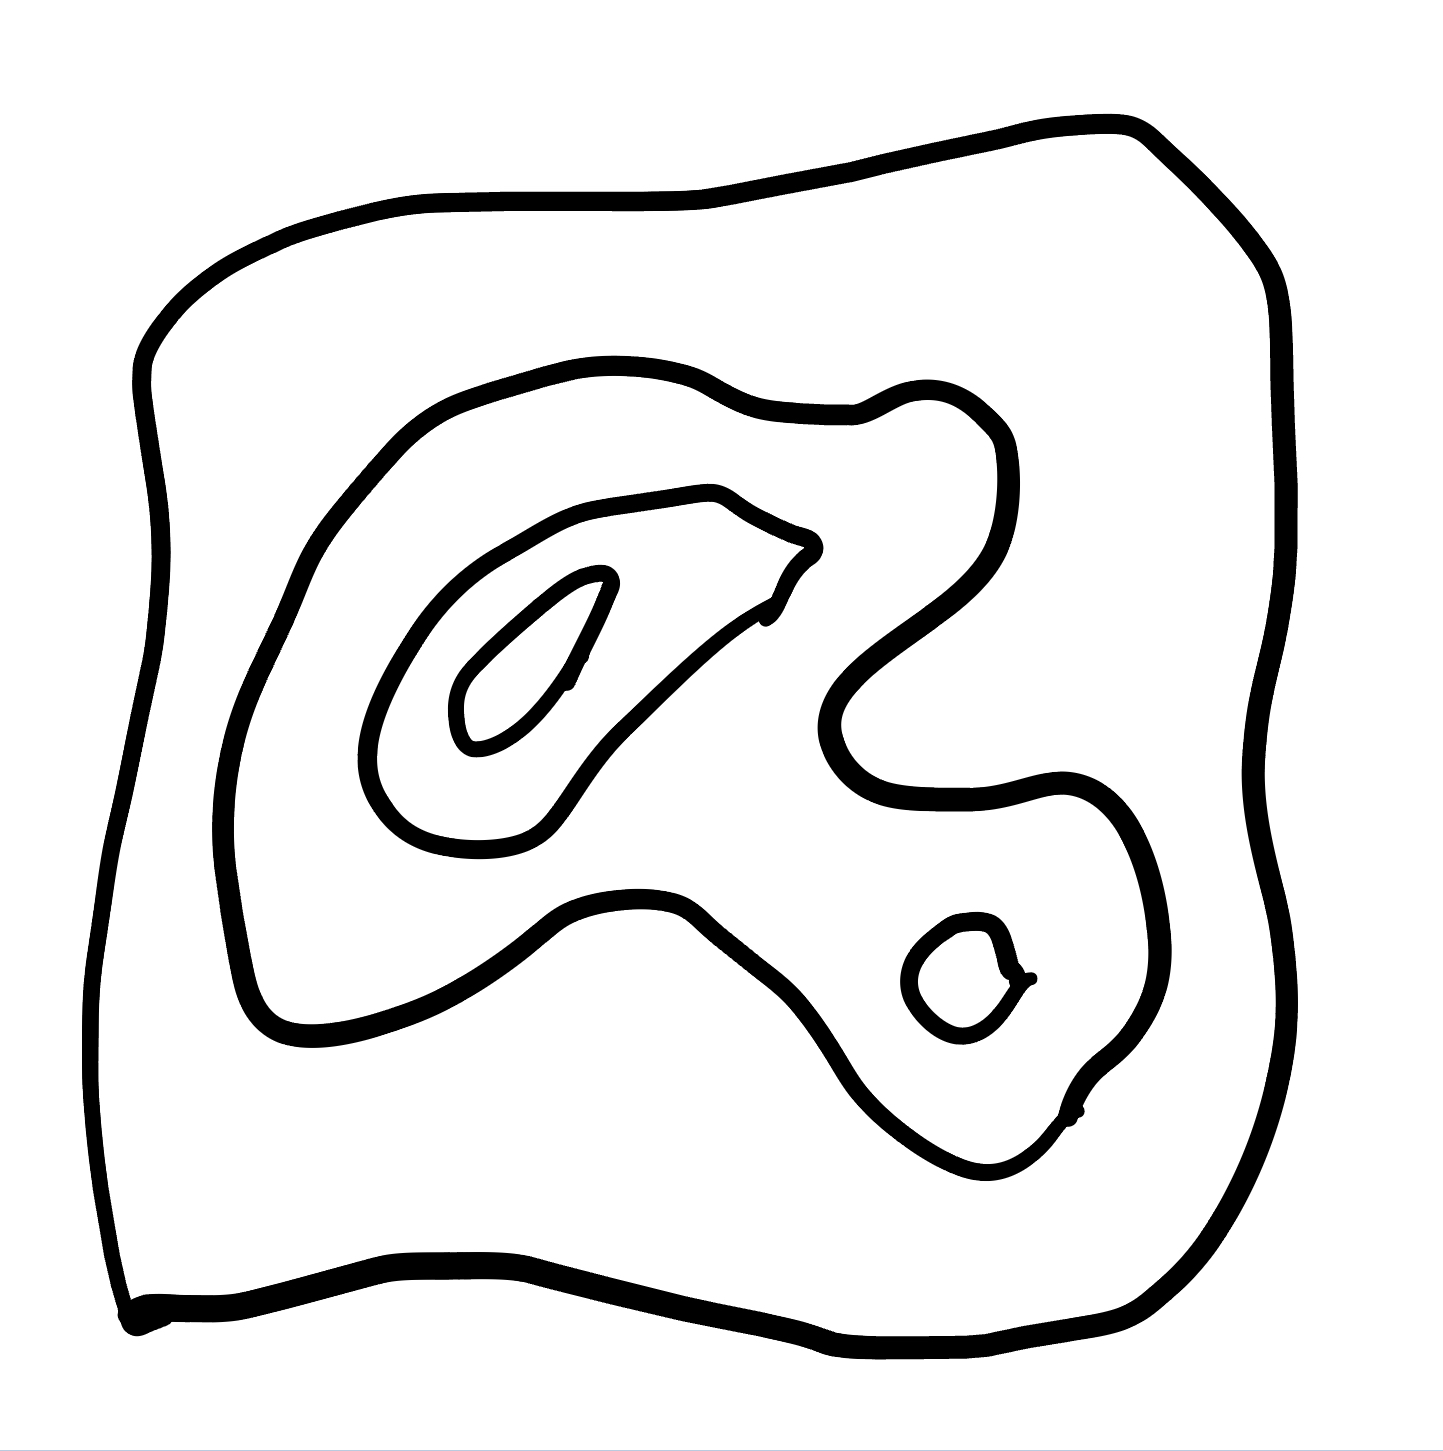
Number of regions (including the outer root region): 6
Containment tree edges (parent, child): 0, 1, 1, 2, 2, 3, 2, 4, 4, 5